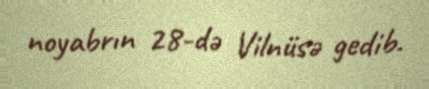
noyabrın 28-də Vilnüsə gedib.